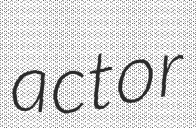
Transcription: actor